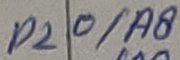
Text: P20/A8